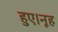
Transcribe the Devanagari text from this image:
हुए।नूह